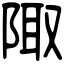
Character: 陬